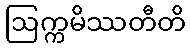
ဩက္ကမိဿတီတိ